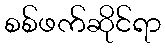
စစ်ဖက်ဆိုင်ရာ